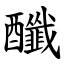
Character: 䤘